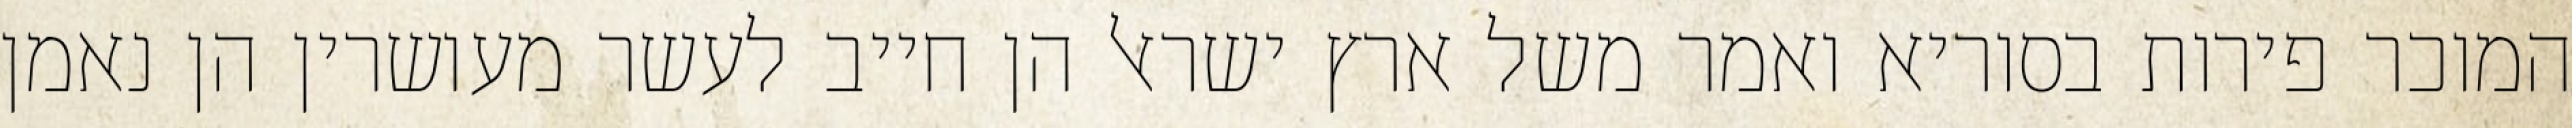
המוכר פירות בסוריא ואמר משל ארץ ישראל הן חייב לעשר מעושרין הן נאמן